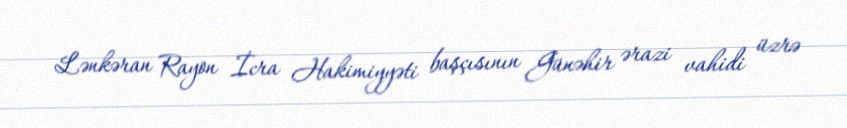
Lənkəran Rayon İcra Hakimiyyəti başçısının Günəhir ərazi vahidi üzrə